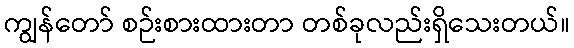
ကျွန်တော် စဉ်းစားထားတာ တစ်ခုလည်းရှိသေးတယ်။